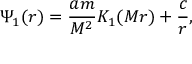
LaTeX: \Psi _ { 1 } ( r ) = \frac { a m } { M ^ { 2 } } K _ { 1 } ( M r ) + \frac { c } { r } ,